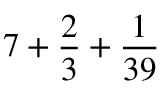
7 + { \frac { 2 } { 3 } } + { \frac { 1 } { 3 9 } }